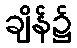
ချိန်၌